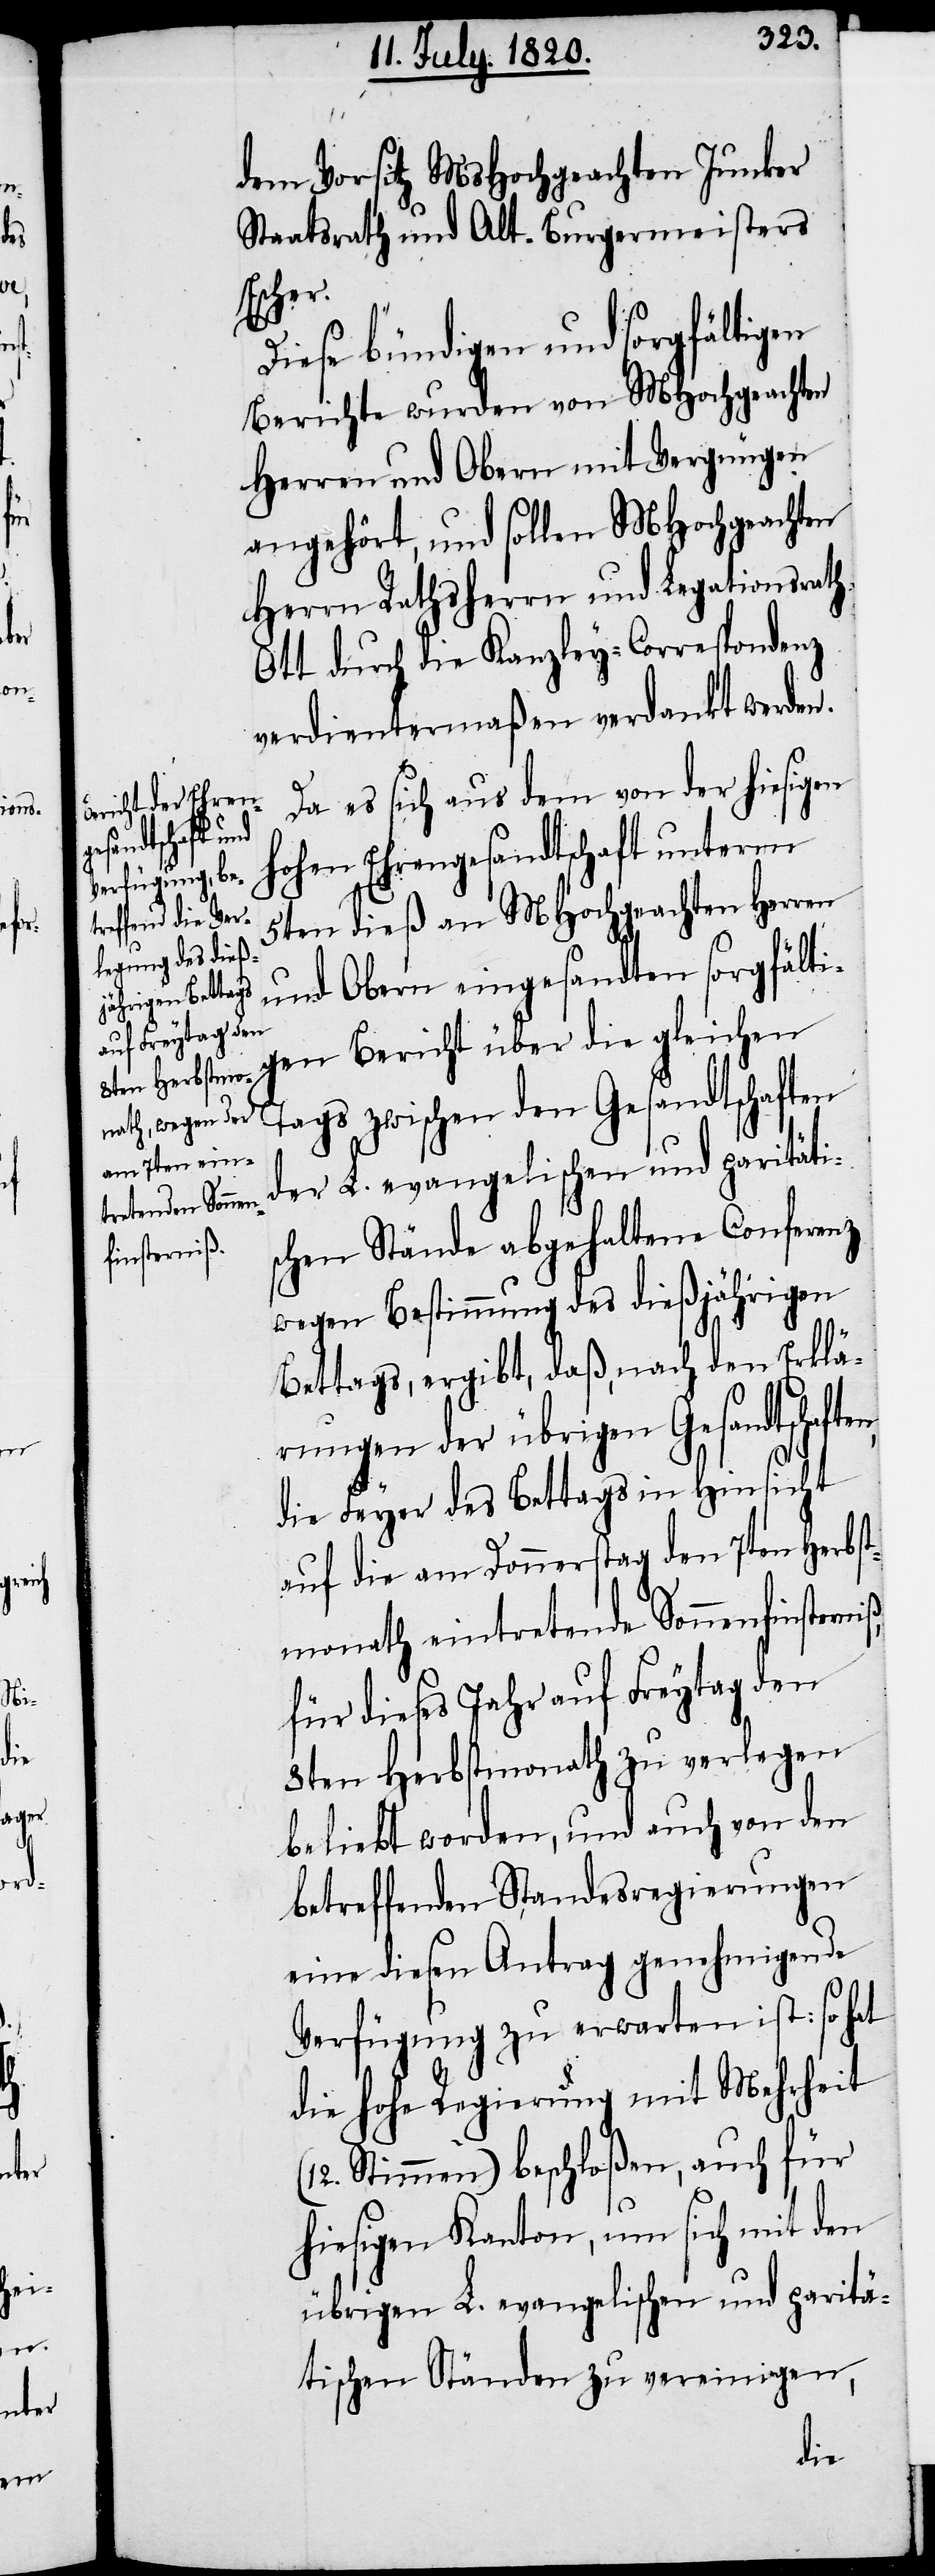
(12.

en,

E¬

dem Vorsitz MsHochgeachten Junker
Staatsrath und Alt-Burgermeisters
scher.
Diese bündigen und sorgfältigen
Berichte wurden von MHochgeachten
Herren und Obern mit Vergnügen
angehört, und sollen MHochgeachten
Herrn Rathsherrn und Legationsrath
Ott durch die Kanzley-Correspondenz
verdientermaßen verdankt werden.
Da es sich aus dem von der hiesigen
hohen Ehrengesandtschaft unterm
5ten dieß an Mhochgeachten Herren
und Obern eingesandten sorgfälti¬
gen Bericht über die gleichen
Tags zwischen den Gesandtschaften
der L. evangelischen und paritäti¬
schen Stände abgehaltene Conferenz
wegen Bestimmung des diesjährigen
Bettags, ergibt, daß, nach den Erklä¬
rungen der übrigen Gesandtschaft¬
die Feyer des Bettags in Hinsicht
auf die am Donnerstag den 7ten Herbst¬
monath eintretende Sonnenfinsterniß
für dieses Jahr auf Freytag den
8ten Herbstmonath zu verlegen
beliebt worden, und auch von den
betreffenden Standesregierungen
eine diesen Antrag genehmigende
Verfügung zu erwarten ist: so hat
die hohe Regierung mit Mehrheit
Stimmen) beschloßen, auch für
hiesigen Kanton, um sich mit den
übrigen l. evangelischen und paritä¬
tischen Ständen zu vereinigen,